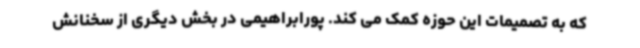
که به تصمیمات این حوزه کمک می کند. پورابراهیمی در بخش دیگری از سخنانش